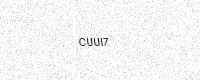
Text: CUUI7